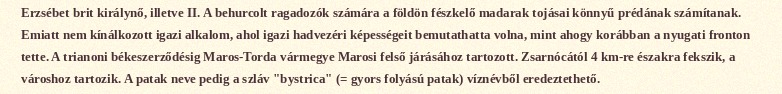
Erzsébet brit királynő, illetve II. A behurcolt ragadozók számára a földön fészkelő madarak tojásai könnyű prédának számítanak. Emiatt nem kínálkozott igazi alkalom, ahol igazi hadvezéri képességeit bemutathatta volna, mint ahogy korábban a nyugati fronton tette. A trianoni békeszerződésig Maros-Torda vármegye Marosi felső járásához tartozott. Zsarnócától 4 km-re északra fekszik, a városhoz tartozik. A patak neve pedig a szláv "bystrica" (= gyors folyású patak) víznévből eredeztethető.